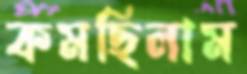
কমছিলাম